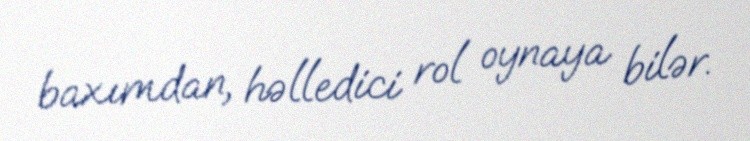
baxımdan, həlledici rol oynaya bilər.